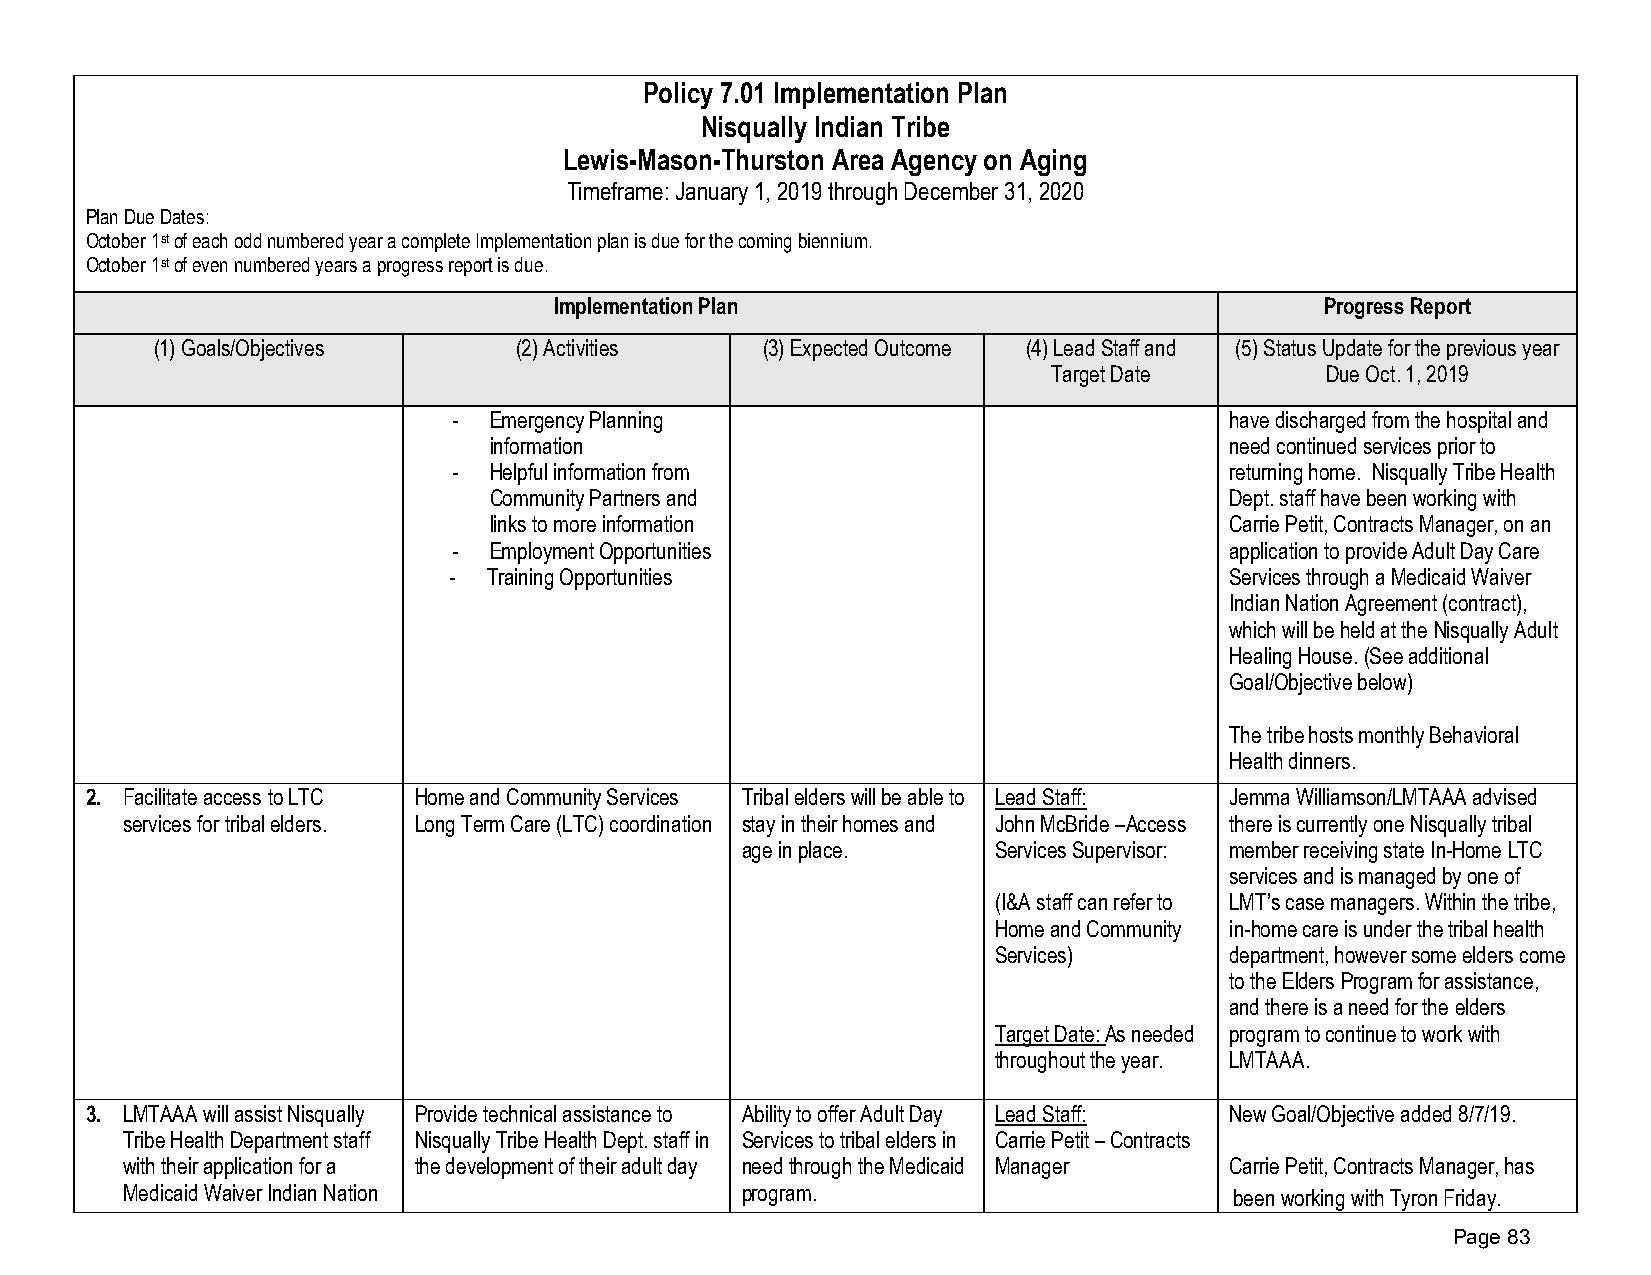
Policy 7.01 Implementation Plan
 Nisqually Indian Tribe
 Lewis-Mason-Thurston Area Agency on Aging
 Timeframe: January 1, 2019 through December 31, 2020
 Plan Due Dates:
 October 1st of each odd numbered year a complete Implementation plan is due for the coming biennium.
 October 1st of even numbered years a progress report is due.
 Implementation Plan                                Progress Report
 (1)Goals/Objectives     (2)Activities   (3)Expected Outcome (4)Lead Staff and (5)Status Update for the previous year
 Target Date       Due Oct. 1, 2019
 - Emergency Planning                               have discharged from the hospital and
 information                                      need continued services prior to
 - Helpful information from                         returning home. Nisqually Tribe Health
 Community Partners and                           Dept. staff have been working with
 links to more information                        Carrie Petit, Contracts Manager, on an
 - Employment Opportunities                         application to provide Adult Day Care
 - Training Opportunities                           Services through a Medicaid Waiver
 Indian Nation Agreement (contract),
 which will be held at the Nisqually Adult
 Healing House. (See additional
 Goal/Objective below)
 The tribe hosts monthly Behavioral
 Health dinners.
 2. Facilitate access to LTC Home and Community Services Tribal elders will be able to Lead Staff: Jemma Williamson/LMTAAA advised
 services for tribal elders. Long Term Care (LTC) coordination stay in their homes and John McBride –Access there is currently one Nisqually tribal
 age in place.    Services Supervisor: member receiving state In-Home LTC
 services and is managed by one of
 (I&A staff can refer to LMT’s case managers. Within the tribe,
 Home and Community in-home care is under the tribal health
 Services)      department, however some elders come
 to the Elders Program for assistance,
 and there is a need for the elders
 Target Date: As needed program to continue to work with
 throughout the year. LMTAAA.
 3. LMTAAA will assist Nisqually Provide technical assistance to Ability to offer Adult Day Lead Staff: New Goal/Objective added 8/7/19.
 Tribe Health Department staff Nisqually Tribe Health Dept. staff in Services to tribal elders in Carrie Petit – Contracts
 with their application for a the development of their adult day need through the Medicaid Manager Carrie Petit, Contracts Manager, has
 Medicaid Waiver Indian Nation            program.                         been working with Tyron Friday.
 Page 83